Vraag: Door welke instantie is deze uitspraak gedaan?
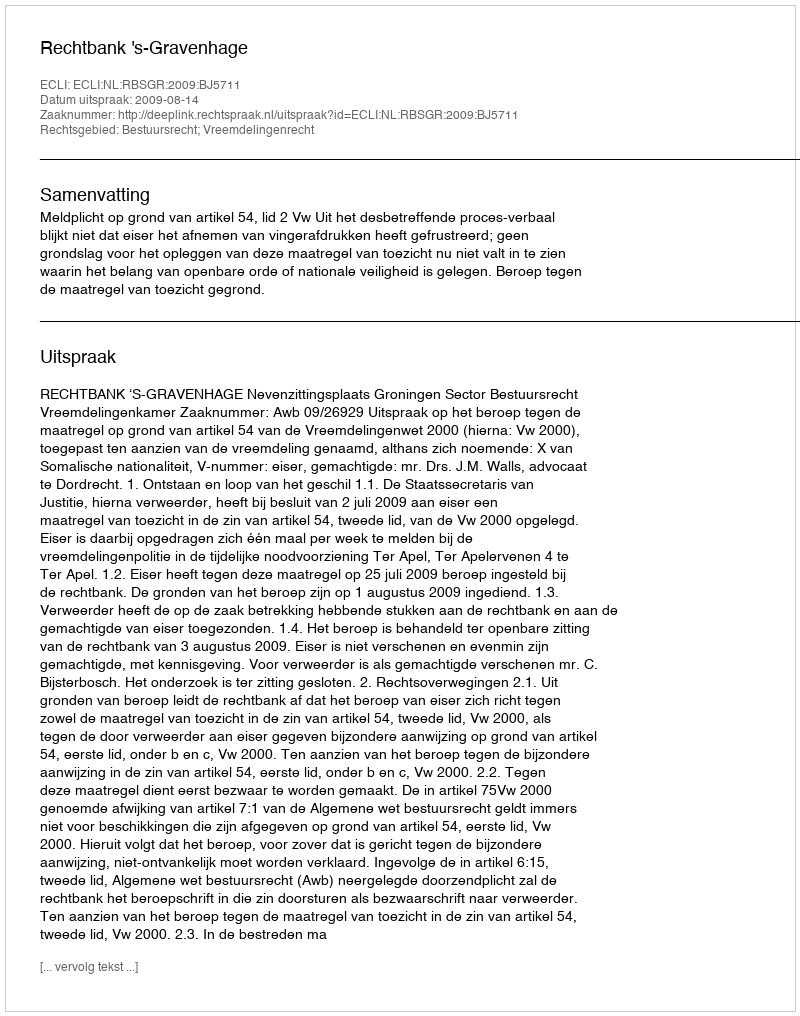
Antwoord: Rechtbank 's-Gravenhage